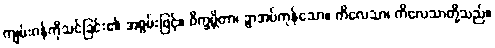
ကျမ်းဂန်ကိုသင်ခြင်း၏ အစွမ်းဖြင့်။ ဝိက္ခမ္ဘိတာ၊ ခွာအပ်ကုန်သော။ ကိလေသာ၊ ကိလေသာတို့သည်။